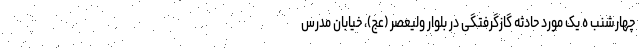
چهارشنب ه یک مورد حادثه گازگرفتگی در بلوار ولیعصر (عج)، خیابان مدرس